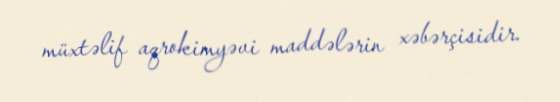
müxtəlif aqrokimyəvi maddələrin xəbərçisidir.